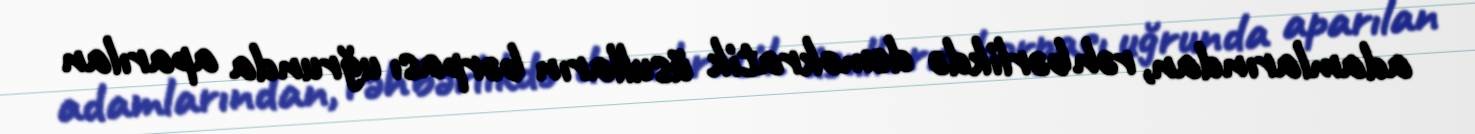
adamlarından, rəhbərlikdə demokratik üsulların bərpası uğrunda aparılan